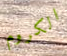
الكروم